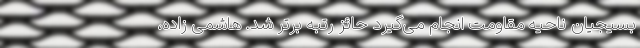
بسیجیان ناحیه مقاومت انجام می‌گیرد حائز رتبه برتر شد. هاشمی زاده،